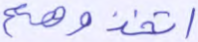
اتخذوهم